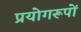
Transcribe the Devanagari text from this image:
प्रयोगरूपों